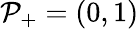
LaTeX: \mathcal{P}_{+}=(0,1)